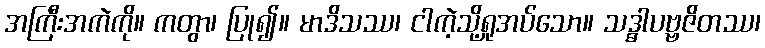
အကြီးအကဲကို။ ကတွာ၊ ပြု၍။ မာဒိသဿ၊ ငါကဲ့သို့ရှုအပ်သော။ သဒ္ဓါပဗ္ဗဇိတဿ၊